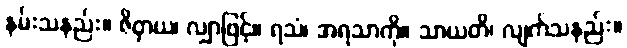
နမ်းသနည်း။ ဇိဝှာယ၊ လျှာဖြင့်။ ရသံ၊ အရသာကို။ သာယတိ၊ လျက်သနည်း။